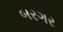
બરગર